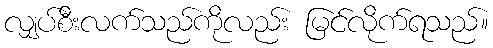
လျှပ်စီးလက်သည်ကိုလည်း မြင်လိုက်ရသည်။